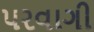
પરવાગી